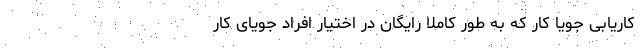
کاریابی جویا کار که به طور کاملا رایگان در اختیار افراد جویای کار